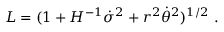
{ \cal L } = ( 1 + H ^ { - 1 } \dot { \sigma } ^ { 2 } + r ^ { 2 } \dot { \theta } ^ { 2 } ) ^ { 1 / 2 } \ .